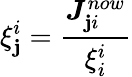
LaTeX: \xi_{\mathbf{j}}^{i}=\frac{{\boldsymbol{J}_{\mathbf{j}i}^{now}}}{{\xi_{i}^{i}}}